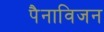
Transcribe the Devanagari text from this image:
पैनाविजन